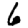
Digit: 6